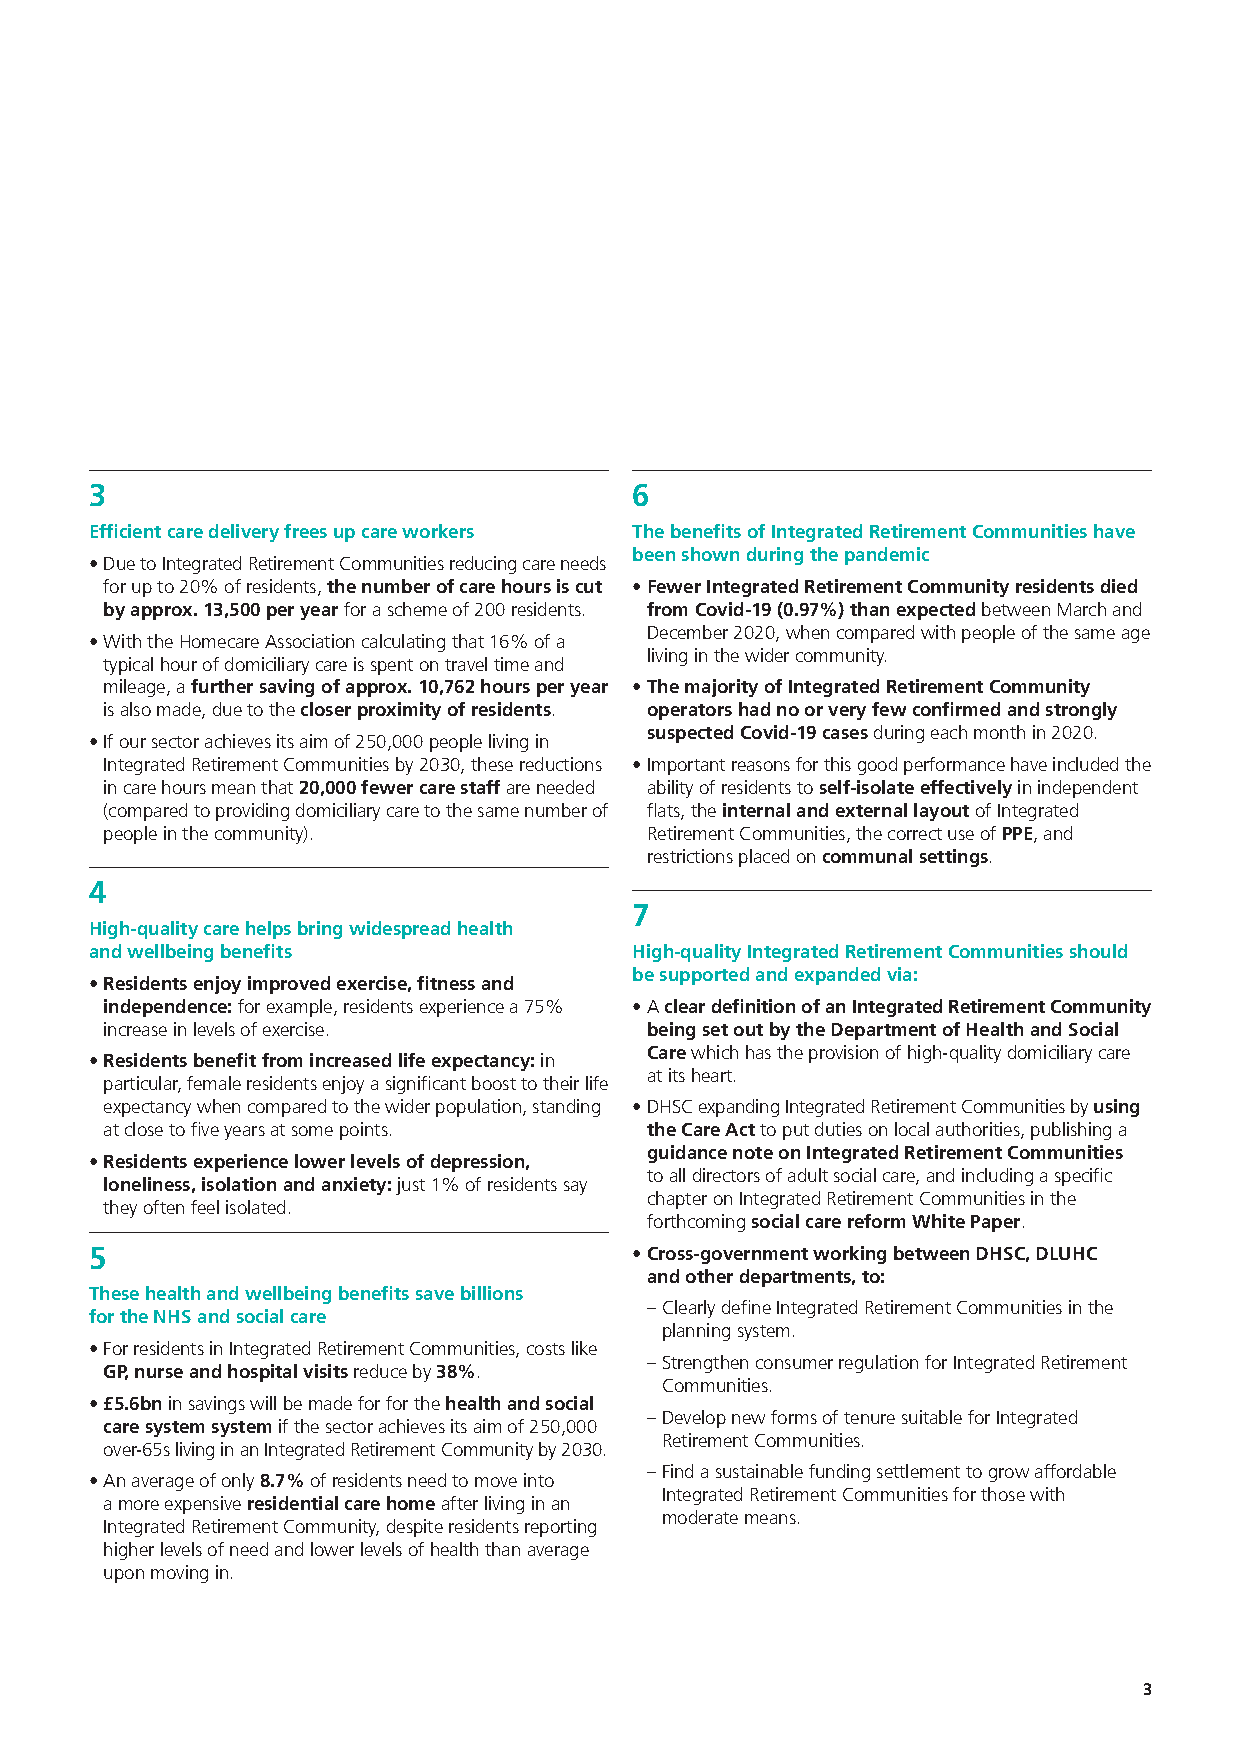
3                                   6
 Efficient care delivery frees up care workers The benefits of Integrated Retirement Communities have
 been shown during the pandemic
 • Due to Integrated Retirement Communities reducing care needs
 for up to 20% of residents, the number of care hours is cut • F ewer Integrated Retirement Community residents died
 by approx. 13,500 per year for a scheme of 200 residents. from Covid-19 (0.97%) than expected between March and
 December 2020, when compared with people of the same age
 • With the Homecare Association calculating that 16% of a
 living in the wider community.
 typical hour of domiciliary care is spent on travel time and
 mileage, a further saving of approx. 10,762 hours per year • T he majority of Integrated Retirement Community
 is also made, due to the closer proximity of residents. operators had no or very few confirmed and strongly
 suspected Covid-19 cases during each month in 2020.
 • If our sector achieves its aim of 250,000 people living in
 Integrated Retirement Communities by 2030, these reductions • Important reasons for this good performance have included the
 in care hours mean that 20,000 fewer care staff are needed ability of residents to self-isolate effectively in independent
 (compared to providing domiciliary care to the same number of flats, the internal and external layout of Integrated
 people in the community).           Retirement Communities, the correct use of PPE, and
 restrictions placed on communal settings.
 4
 7
 High-quality care helps bring widespread health
 and wellbeing benefits              High-quality Integrated Retirement Communities should
 be supported and expanded via:
 • R esidents enjoy improved exercise, fitness and
 independence: for example, residents experience a 75% • A clear definition of an Integrated Retirement Community
 increase in levels of exercise.     being set out by the Department of Health and Social
 Care which has the provision of high-quality domiciliary care
 • R esidents benefit from increased life expectancy: in
 at its heart.
 particular, female residents enjoy a significant boost to their life
 expectancy when compared to the wider population, standing • DHSC expanding Integrated Retirement Communities by using
 at close to five years at some points. the Care Act to put duties on local authorities, publishing a
 guidance note on Integrated Retirement Communities
 • Residents experience lower levels of depression,
 to all directors of adult social care, and including a specific
 loneliness, isolation and anxiety: just 1% of residents say
 chapter on Integrated Retirement Communities in the
 they often feel isolated.
 forthcoming social care reform White Paper.
 5                                   • C ross-government working between DHSC, DLUHC
 and other departments, to:
 These health and wellbeing benefits save billions
 – Clearly define Integrated Retirement Communities in the
 for the NHS and social care
 planning system.
 • For residents in Integrated Retirement Communities, costs like
 – Strengthen consumer regulation for Integrated Retirement
 GP, nurse and hospital visits reduce by 38%.
 Communities.
 • £ 5.6bn in savings will be made for for the health and social
 – Develop new forms of tenure suitable for Integrated
 care system system if the sector achieves its aim of 250,000
 Retirement Communities.
 over-65s living in an Integrated Retirement Community by 2030.
 – Find a sustainable funding settlement to grow affordable
 • An average of only 8.7% of residents need to move into
 Integrated Retirement Communities for those with
 a more expensive residential care home after living in an
 moderate means.
 Integrated Retirement Community, despite residents reporting
 higher levels of need and lower levels of health than average
 upon moving in.
 3